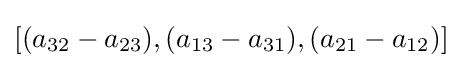
[(a_{32}-a_{23}),(a_{13}-a_{31}),(a_{21}-a_{12})]\,\!